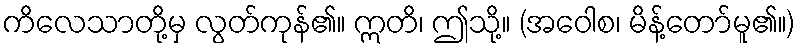
ကိလေသာတို့မှ လွတ်ကုန်၏။ ဣတိ၊ ဤသို့။ (အဝေါစ၊ မိန့်တော်မူ၏။)